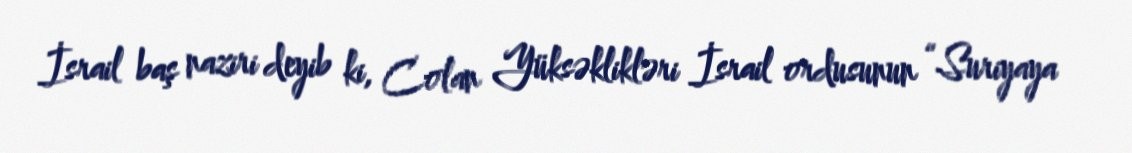
İsrail baş naziri deyib ki, Colan Yüksəklikləri İsrail ordusunun “Suriyaya